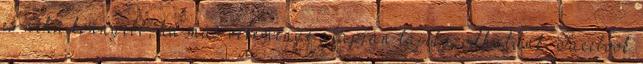
és néha könnyebb, ha más véleménye alapján tájékozódhatunk. Facebook